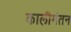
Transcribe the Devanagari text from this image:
कालीमंतन